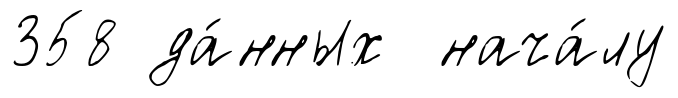
358 да́нных нача́лу